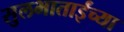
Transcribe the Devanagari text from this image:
सुलभाताईंच्या